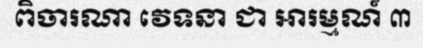
ពិចារណា វេទនា ជា អារម្មណ៍ ៣